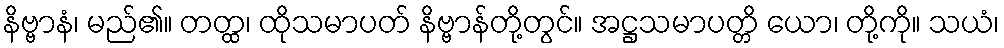
နိဗ္ဗာနံ၊ မည်၏။ တတ္ထ၊ ထိုသမာပတ် နိဗ္ဗာန်တို့တွင်။ အဋ္ဌသမာပတ္တိ ယော၊ တို့ကို။ သယံ၊